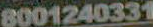
8001240331